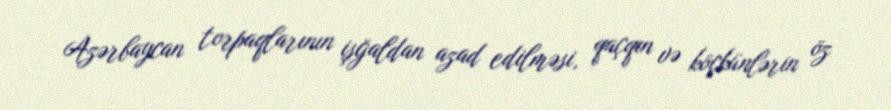
Azərbaycan torpaqlarının işğaldan azad edilməsi, qaçqın və köçkünlərin öz